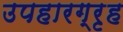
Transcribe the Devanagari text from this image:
उपहारग्रृह